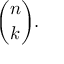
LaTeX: { \binom { n } { k } } .